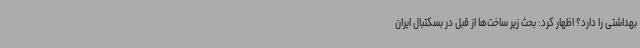
بهداشتی را دارد؟ اظهار کرد: بحث زیر ساخت‌ها از قبل در بسکتبال ایران